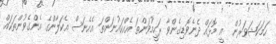
ހަމަކަޝަވަރުން  އީ މޮޅައް ދެނެވޮޑިގެންވާ ރަހީމުވަންތަ އެއްކައުނަންތަ އެހެނަސް އެކަލާންގެ އެންގެވުންތަކައް